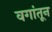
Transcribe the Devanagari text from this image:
वगांतून